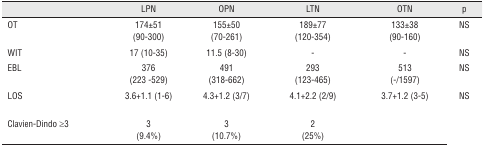
|  | LPN | <COLSPAN=2> OPN | LTN | OTN | p |
 | --- | --- | --- | --- | --- | --- | --- |
 | OT | 174±51 (90-300) | <COLSPAN=2> 155±50 (70-261) | 189±77 (120-354) | 133±38 (90-160) | NS |
 | WIT | 17 (10-35) | <COLSPAN=2> 11.5 (8-30) | - | - | NS |
 | EBL | 376 (223 -529) | <COLSPAN=2> 491 (318-662) | 293 (123-465) | 513 (-/1597) | NS |
 | LOS | 3.6+1.1 (1-6) | <COLSPAN=2> 4.3+1.2 (3/7) | 4.1+2.2 (2/9) | 3.7+1.2 (3-5) | NS |
 | Clavien-Dindo ≥3 | 3 (9.4%) | <COLSPAN=2> 3 (10.7%) | 2 (25%) |  |  |